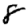
Digit: 8